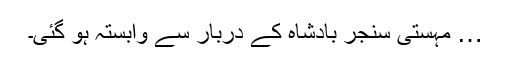
… مہستی سنجر بادشاہ کے دربار سے وابستہ ہو گئی۔